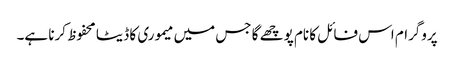
پروگرام اس فائل کا نام پوچھے گا جس میں میموری کا ڈیٹا محفوظ کرنا ہے۔